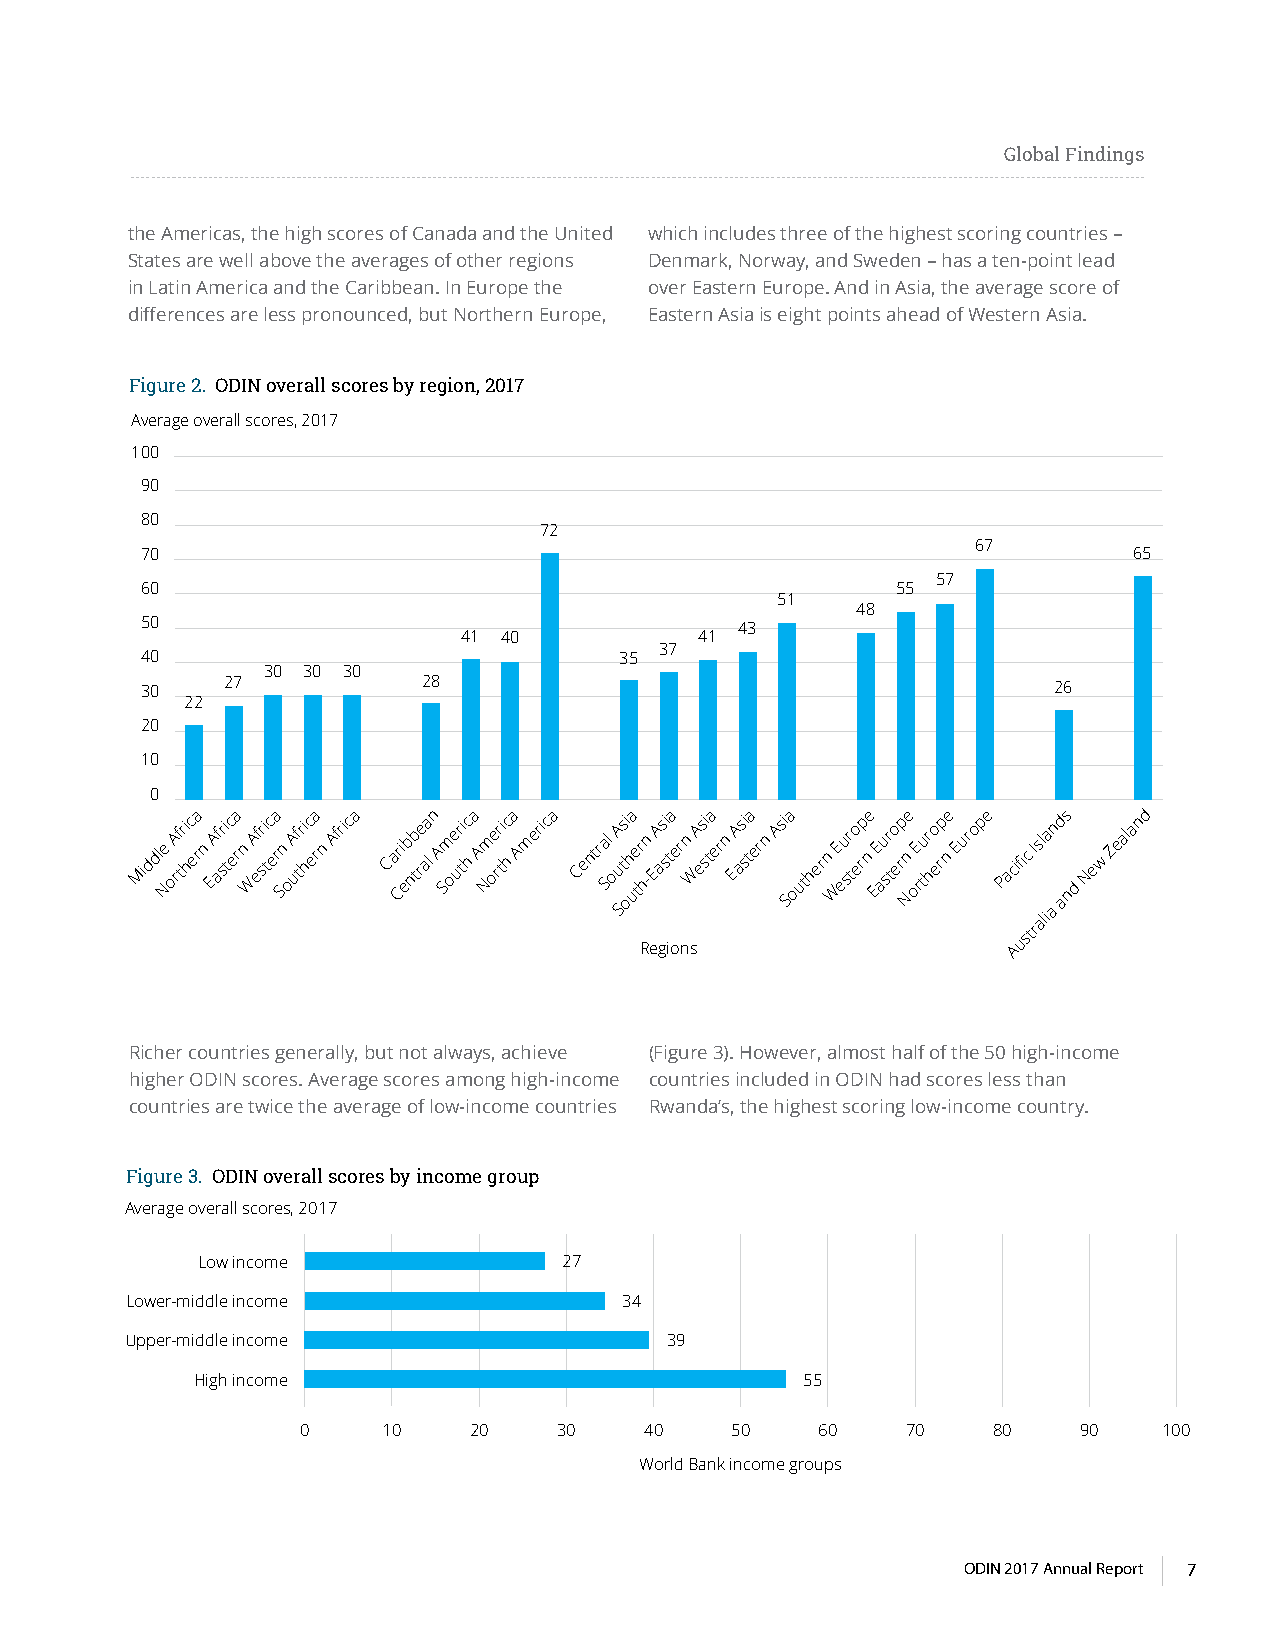
Global Findings
 the Americas, the high scores of Canada and the United which includes three of the highest scoring countries –
 States are well above the averages of other regions Denmark, Norway, and Sweden – has a ten-point lead
 in Latin America and the Caribbean. In Europe the over Eastern Europe. And in Asia, the average score of
 differences are less pronounced, but Northern Europe, Eastern Asia is eight points ahead of Western Asia.
 Figure 2. ODIN overall scores by region, 2017
 Average overall scores, 2017
 100
 90
 80
 72
 67
 70                                                                65
 57
 60                                                55
 51
 48
 50
 43
 41 40          41
 37
 40                              35
 30 30 30
 30    27           28                                        26
 22
 20
 10
 0
 Middl Ne oA rf tri hc
 ea
 rn EA af sri tc
 ea
 rn WA ef sri tc
 ea
 r Sn oA uf tri hc
 ea
 rn
 Africa
 Ca Cri eb nb tre aa l
 n
 A Sm oe ur tic h
 a
 A Nm oe rr tic h
 a America
 Centr Sal oA
 u
 Stsi
 oha
 ue tr h-n EA as si
 ta
 ern WA es si
 ta
 ern EA as si
 ta
 ern Asi
 Sa
 outhern WE eu sr to erp
 ne
 EE au sr to erp
 Nne
 oE rtur ho erp
 ne Europe
 Pacific Isla an
 ads
 nd
 New
 Zealand
 ali
 Regions
 Austr
 Richer countries generally, but not always, achieve (Figure 3). However, almost half of the 50 high-income
 higher ODIN scores. Average scores among high-income countries included in ODIN had scores less than
 countries are twice the average of low-income countries Rwanda’s, the highest scoring low-income country.
 Figure 3. ODIN overall scores by income group
 Average overall scores, 2017
 Low income              27
 Lower-middle income              34
 Upper-middle income                 39
 High income                             55
 0    10    20    30    40   50    60    70    80   90    100
 World Bank income groups
 ODIN 2017 Annual Report 7